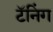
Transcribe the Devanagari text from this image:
टॅनिंग